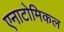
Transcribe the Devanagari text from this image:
एनाटोमिकल